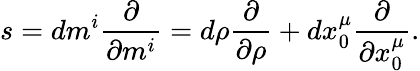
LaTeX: s=dm^{i}{\frac{\partial}{\partial m^{i}}}=d\rho{\frac{\partial}{\partial\rho}}+dx_{0}^{\mu}{\frac{\partial}{\partial x_{0}^{\mu}}}.